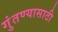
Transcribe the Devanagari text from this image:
गुंतण्यासाठी